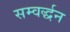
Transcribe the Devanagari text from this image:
सम्वर्द्धन